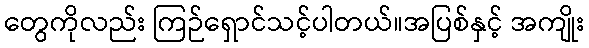
တွေကိုလည်း ကြဉ်ရှောင်သင့်ပါတယ်။အပြစ်နှင့် အကျိုး